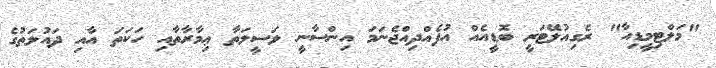
"މަލްޓިމީޑިއާ" ރެގިއުލޭޓަރީ ބޮޑީއެއް އުފެއްދިއްޖެނަމަ އިންސާނީ ވަސީލަތާ ޢިމާރާތާއި ހަކަތަ އާއި ދައުލަތުގެ